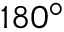
1 8 0 ^ { \circ }